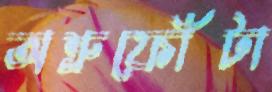
অশ্রুফোঁটা